Report of the Indian Hemp Drugs Commission, 1894-1895 - Volume VI
Year: 1894
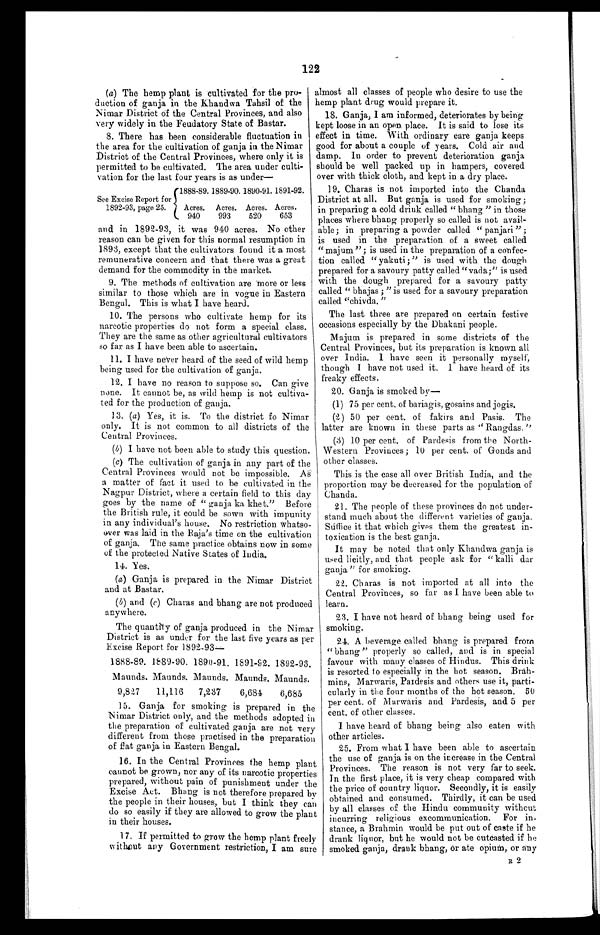
(a) The hemp plant is cultivated for the pro
- d u c t i o n o f g a n j a i n t h e K h a n d w a T a h s i l o f t h e
Nimar District of the Central Provinces, and also
very widely in the Feudatory State of Bastar.
8. There has been considerable fluctuation in
the area for the cultivation of ganja in the Nimar
District of the Central Provinces, where only it is
permitted to be cultivated. The area under culti
-vation for the last four years is as under—
See Excise Report for
<br/>1892-93, page 25.
1888-89. 1889-90. 1890-91. 1891-92.
Acres.
940
Acres.
993
Acres.
520
Acres.
653
1888-89. 1889-90. 1890-91. 1891-92. 1892-93.
Maunds. Maunds. Maunds. Maunds. Maunds.
9,827
11,116 7,237
6,684
6,685
15. Ganja for smoking is prepared in the
Nimar District only, and the methods adopted in
the preparation of cultivated ganja are not very
different from those practised in the preparation
o f f l a t g a n j a i n E a s t e r n B e n g a l .
16. In the Central Provinces the hemp plant
cannot be grown, nor any of its narcotic properties
prepared, without pain of punishment under the
Excise Act. Bhang is not therefore prepared by
the people in their houses, but I think they can
do so easily if they are allowed to grow the plant
in their houses.
17. If permitted to grow the hemp plant freely
without any Government restriction, I am sure
122
and in 1892-93, it was 940 acres. No other
reason can be given for this normal resumption in
1893, except that the cultivators found it a most
remunerative concern and that there was a great
demand for the commodity in the market.
9. The methods of cultivation are more or less
similar to those which are in vogue in Eastern
Bengal. This is what I have heard.
10. The persons who cultivate hemp for its
narcotic properties do not form a special class.
They are the same as other agricultural cultivators
so far as I have been able to ascertain.
11. I have never heard of the seed of wild hemp
being used for the cultivation of ganja.
12. I have no reason to suppose so. Can give
none. It cannot be, as wild hemp is not cultiva
- t e d f o r t h e p r o d u c t i o n o f g a n j a .
13. ( a) Yes, it is. To the district fo Nimar
only. It is not common to all districts of the
Central Provinces.
( b) I have not been able to study this question.
( c) The cultivation of ganja in any part of the
Central Provinces would not be impossible. As
a matter of fact it used to be cultivated in the
Nagpur District, where a certain field to this day
goes by the name of "ganja ka khet." Before
the British rule, it could be sown with impunity
in any individual's house. No restriction whatso
-ever was laid in the Raja's time on the cultivation
of ganja. The same practice obtains now in some
of the protected Native States of India.
14. Yes.
(a) Ganja is prepared in the Nimar District
and at Bastar.
(b ) and (c) Charas and bhang are not produced
anywhere.
The quantity of ganja produced in the Nimar
District is as under for the last five years as per
Excise Report for 1892-93—
almost all classes of people who desire to use the
hemp plant drug would prepare it.
18. Ganja, I am informed, deteriorates by being
kept loose in an open place. It is said to lose its
effect in time. With ordinary care ganja keeps
good for about a couple of years. Cold air and
damp. In order to prevent deterioration ganja
should be well packed up in hampers, covered
over with thick cloth, and kept in a dry place.
19. Charas is not imported into the Chanda
District at all. But ganja is used for smoking;
in preparing a cold drink called "bhang" in those
places where bhang properly so called is not avail
- a b l e ; i n p r e p a r i n g a p o w d e r c a l l e d " p a n j a r i " ;
is used in the preparation of a sweet called
"majum"; is used in the preparation of a confec
- t i o n c a l l e d " y a k u t i ; " i s u s e d w i t h t h e d o u g h
prepared for a savoury patty called "vada;" is used
with the dough prepared for a savoury patty
called "bhajas;" is used for a savoury preparation
called "chivda."
The last three are prepared on certain festive
occasions especially by the Dhakani people.
Majum is prepared in some districts of the
Central Provinces, but its preparation is known all
over India. I have seen it personally myself,
though I have not used it. I have heard of its
freaky effects.
20. Ganja is smoked by—
(1) 75 per cent. of bariagis, gosains and jogis.
(2) 50 per cent. of fakirs and Pasis. The
latter are known in these parts as "Rangdas."
(3) 10 per cent. of Pardesis from the North-
Western Provinces; 10 per cent. of Gonds and
other classes.
This is the case all over British India, and the
proportion may be decreased for the population of
Chanda.
21. The people of these provinces do not under
- s t a n d m u c h a b o u t t h e d i f f e r e n t v a r i e t i e s o f g a n j a .
Suffice it that which gives them the greatest in
- t o x i c a t i o n i s t h e b e s t g a n j a .
It may be noted that only Khandwa ganja is
used licitly, and that people ask for "kalli dar
ganja" for smoking.
22. Charas is not imported at all into the
Central Provinces, so far as I have been able to
learn.
23. I have not heard of bhang being used for
smoking.
24. A beverage called bhang is prepared from
"bhang" properly so called, and is in special
favour with many classes of Hindus. This drink
is resorted to especially in the hot season. Brah
-mins, Marwaris, Pardesis and others use it, parti
- c u l a r l y i n t h e f o u r m o n t h s o f t h e h o t s e a s o n . 5 0
per cent. of Marwaris and Pardesis, and 5 per
cent. of other classes.
I have heard of bhang being also eaten with
other articles.
25. From what I have been able to ascertain
the use of ganja is on the increase in the Central
Provinces. The reason is not very far to seek.
In the first place, it is very cheap compared with
the price of country liquor. Secondly, it is easily
obtained and consumed. Thirdly, it can be used
by all classes of the Hindu community without
incurring religious excommunication. For in
- s t a n c e , a B r a h m i n w o u l d b e p u t o u t o f c a s t e i f h e
drank liquor, but he would not be outcasted if he
smoked ganja, drank bhang, or ate opium, or any
R 2